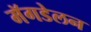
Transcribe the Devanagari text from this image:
मॅगडेलन